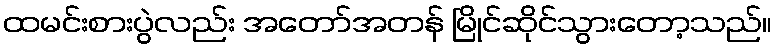
ထမင်းစားပွဲလည်း အတော်အတန် မြိုင်ဆိုင်သွားတော့သည်။